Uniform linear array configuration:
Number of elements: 4
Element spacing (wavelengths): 0.25
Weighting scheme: kaiser
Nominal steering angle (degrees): -60
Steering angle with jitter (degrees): -58.956
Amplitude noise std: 0.05
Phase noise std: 0.05

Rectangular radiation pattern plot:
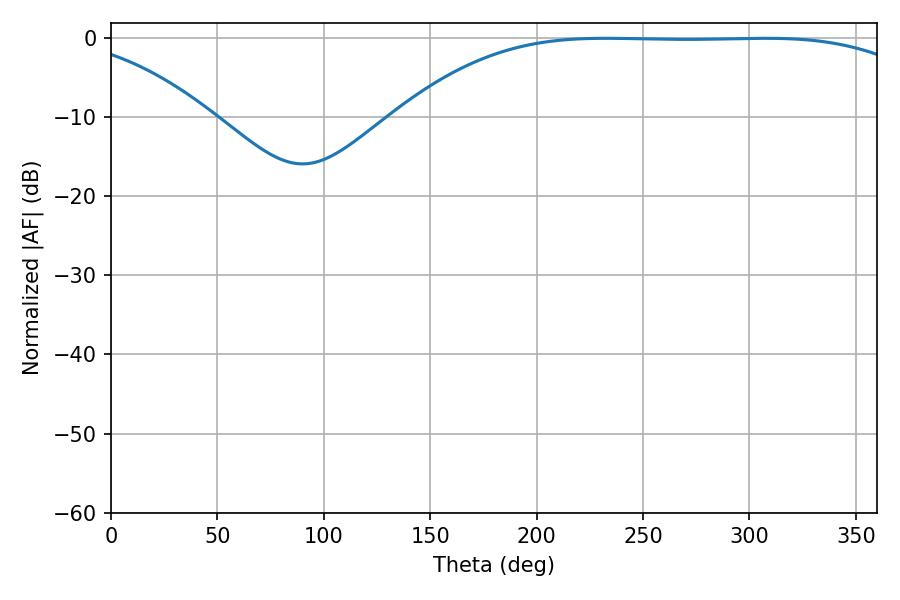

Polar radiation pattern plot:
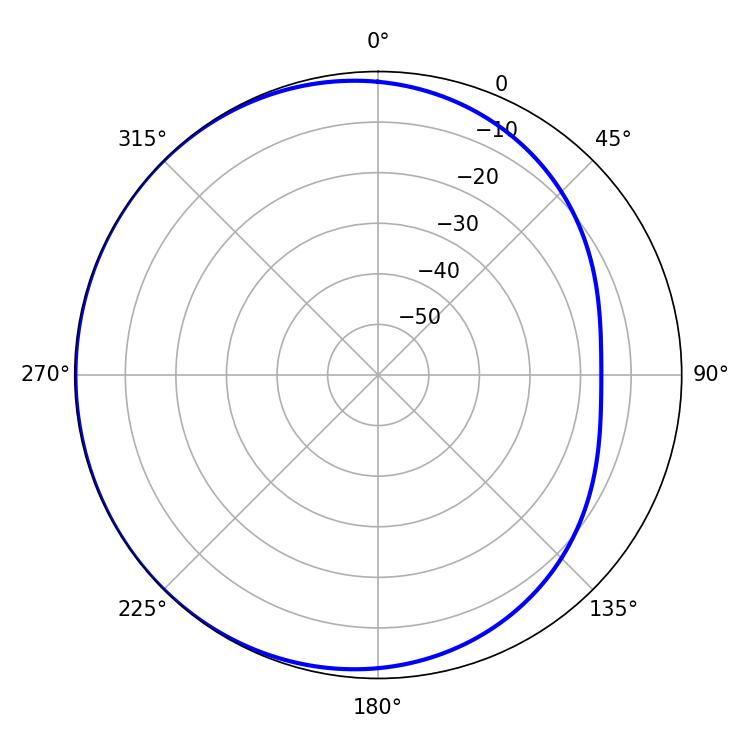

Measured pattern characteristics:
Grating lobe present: FALSE
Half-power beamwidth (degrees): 189.18
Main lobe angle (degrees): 232.38